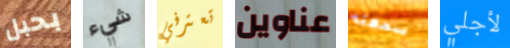
بحبل شيء تعترفي عناوين سمعته لأجلي